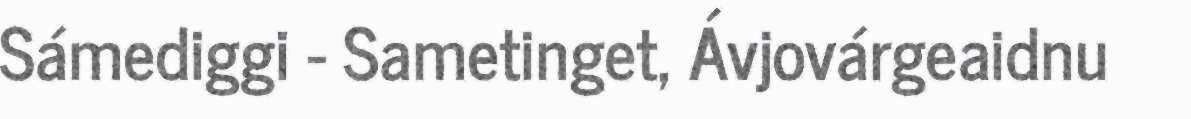
Sámediggi - Sametinget, Ávjovárgeaidnu